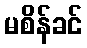
မစိန်ခင်